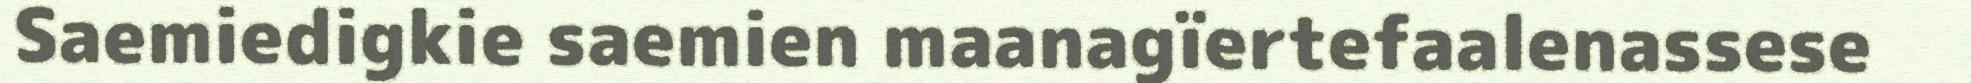
Saemiedigkie saemien maanagïertefaalenassese